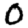
Digit: 0